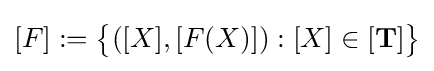
[F]:={\big \{}([X],[F(X)]):[X]\in [\mathbf {T} ]{\big \}}